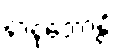
နာနုဘောန္တိ